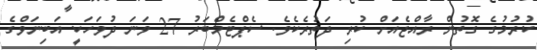
ކުރުމުގެ ގޮތުން ރާއްޖެއަށް ކުރި ދަތުރެކެވެ. ސެޕްޓެމްބަރު 27 ވަނަ ދުވަހަކީ އަބިނަވްގެ